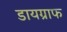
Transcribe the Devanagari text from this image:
डायग्राफ